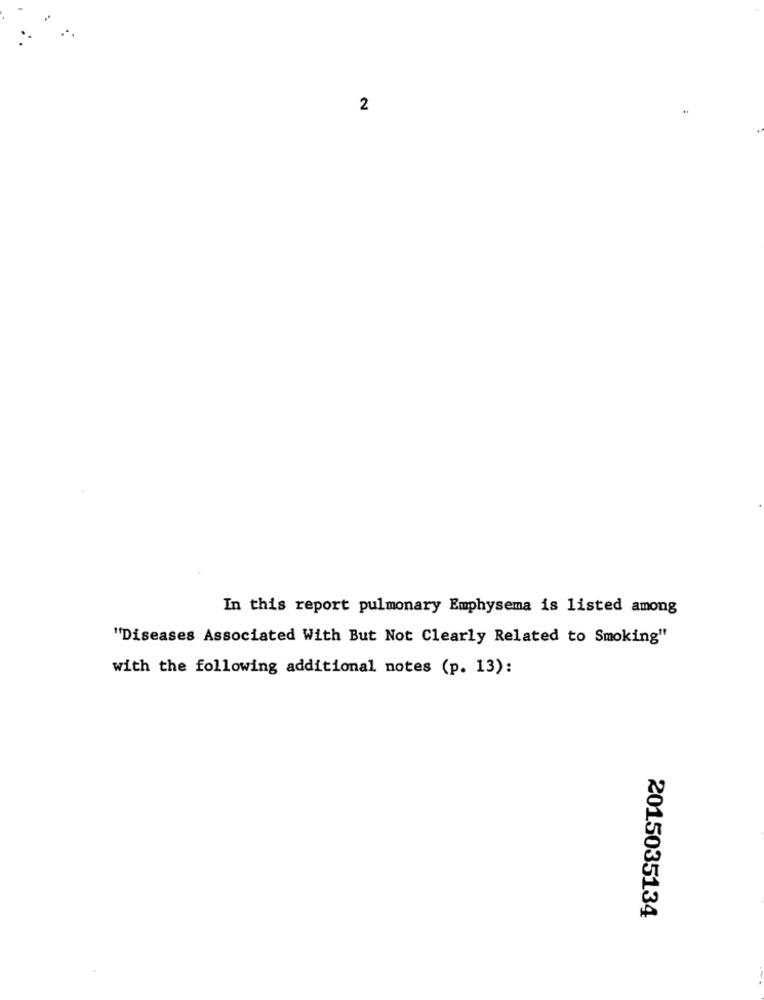
2
In this report pulmonary Emphysema is listed among
"Diseases Associated With But Not Clearly Related to Smoking"
with the following additional notes (p. 13):
2015035134